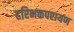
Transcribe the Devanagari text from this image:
हरिभक्तपरायण